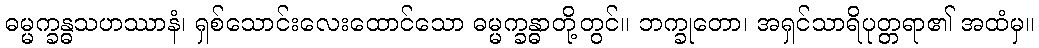
ဓမ္မက္ခန္ဓသဟဿာနံ၊ ရှစ်သောင်းလေးထောင်သော ဓမ္မက္ခန္ဓာတို့တွင်။ ဘက္ခုတော၊ အရှင်သာရိပုတ္တရာ၏ အထံမှ။